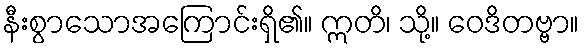
နီးစွာသောအကြောင်းရှိ၏။ ဣတိ၊ သို့။ ဝေဒိတဗ္ဗာ။